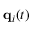
{ \bf q } _ { i } ( t )